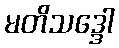
မတိသဒ္ဒေါ